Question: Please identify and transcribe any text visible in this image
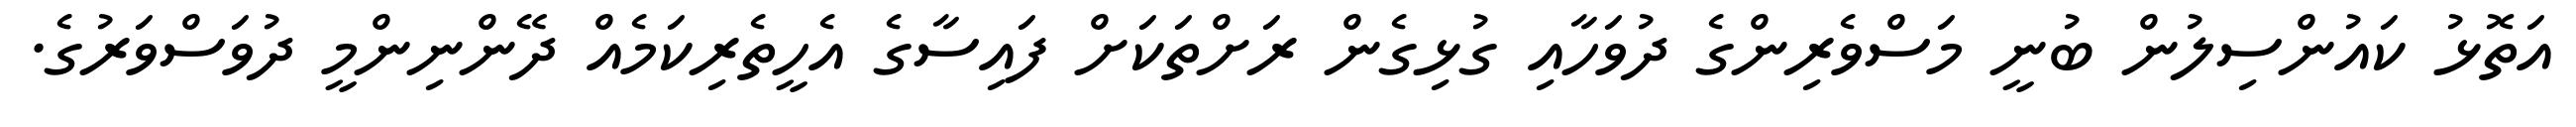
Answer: އަތޮޅު ކައުންސިލުން ބުނީ މަސްވެރިންގެ ދުވަހާއި ގުޅިގެން ރަށްތަކަށް ފައިސާގެ އެހީތެރިކަމެއް ދޭންނިންމީ ދުވަސްވަރުގެ.